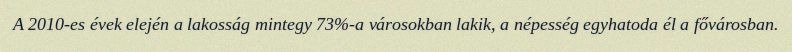
A 2010-es évek elején a lakosság mintegy 73%-a városokban lakik, a népesség egyhatoda él a fővárosban.